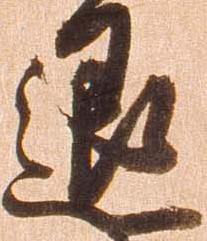
退